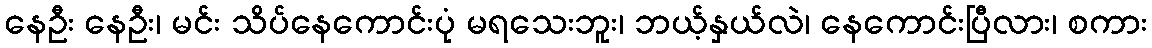
နေဦး နေဦး၊ မင်း သိပ်နေကောင်းပုံ မရသေးဘူး၊ ဘယ့်နှယ်လဲ၊ နေကောင်းပြီလား၊ စကား